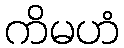
ကိမဟံ